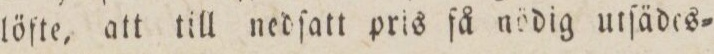
löfte, att till nedſatt pris få nödig utſädes=